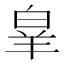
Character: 𭽗